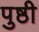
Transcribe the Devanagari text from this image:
पुष्ठी